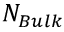
N _ { B u l k }